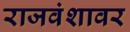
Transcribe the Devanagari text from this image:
राजवंशावर